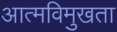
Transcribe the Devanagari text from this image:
आत्मविमुखता